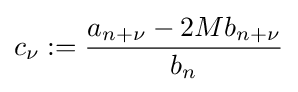
c_{\nu }:={\frac {a_{n+\nu }-2Mb_{n+\nu }}{b_{n}}}